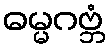
ဓမ္မဂဗ္ဘံ